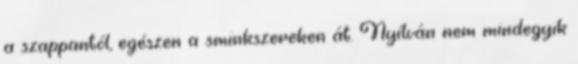
a szappantól, egészen a sminkszereken át. Nyílván nem mindegyik